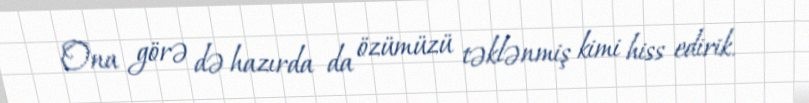
Ona görə də hazırda da özümüzü təklənmiş kimi hiss edirik.